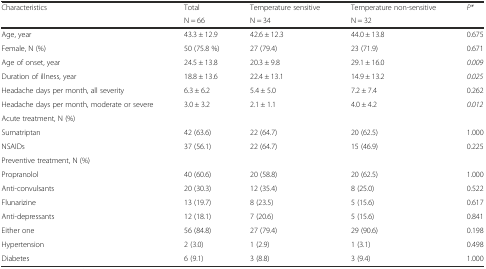
| <ROWSPAN=2> Characteristics | Total | Temperature sensitive | Temperature non-sensitive | <ROWSPAN=2> P* |
 | N = 66 | N = 34 | N = 32 |
 | --- | --- | --- | --- | --- |
 | Age, year | 43.3 ± 12.9 | 42.6 ± 12.3 | 44.0 ± 13.8 | 0.675 |
 | Female, N (%) | 50 (75.8 %) | 27 (79.4) | 23 (71.9) | 0.671 |
 | Age of onset, year | 24.5 ± 13.8 | 20.3 ± 9.8 | 29.1 ± 16.0 | 0.009 |
 | Duration of illness, year | 18.8 ± 13.6 | 22.4 ± 13.1 | 14.9 ± 13.2 | 0.025 |
 | Headache days per month, all severity | 6.3 ± 6.2 | 5.4 ± 5.0 | 7.2 ± 7.4 | 0.262 |
 | Headache days per month, moderate or severe | 3.0 ± 3.2 | 2.1 ± 1.1 | 4.0 ± 4.2 | 0.012 |
 | Acute treatment, N (%) |  |  |  |  |
 | Sumatriptan | 42 (63.6) | 22 (64.7) | 20 (62.5) | 1.000 |
 | NSAIDs | 37 (56.1) | 22 (64.7) | 15 (46.9) | 0.225 |
 | Preventive treatment, N (%) |  |  |  |  |
 | Propranolol | 40 (60.6) | 20 (58.8) | 20 (62.5) | 1.000 |
 | Anti-convulsants | 20 (30.3) | 12 (35.4) | 8 (25.0) | 0.522 |
 | Flunarizine | 13 (19.7) | 8 (23.5) | 5 (15.6) | 0.617 |
 | Anti-depressants | 12 (18.1) | 7 (20.6) | 5 (15.6) | 0.841 |
 | Either one | 56 (84.8) | 27 (79.4) | 29 (90.6) | 0.198 |
 | Hypertension | 2 (3.0) | 1 (2.9) | 1 (3.1) | 0.498 |
 | Diabetes | 6 (9.1) | 3 (8.8) | 3 (9.4) | 1.000 |